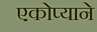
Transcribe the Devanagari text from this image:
एकोप्याने